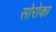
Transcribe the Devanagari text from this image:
सोरोका